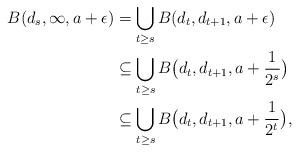
LaTeX: \begin{align*} B(d_s,\infty, a+\epsilon)&=\bigcup_{t\geq s}B(d_t,d_{t+1},a+\epsilon)\\ &\subseteq\bigcup_{t\geq s}B\big(d_t,d_{t+1},a+\frac{1}{2^s}\big)\\ &\subseteq \bigcup_{t\geq s}B\big(d_t,d_{t+1},a+\frac{1}{2^t}\big), \end{align*}